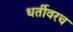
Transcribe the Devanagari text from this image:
धर्तीवरच